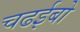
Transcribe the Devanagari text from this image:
चढईबो